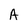
Character: A